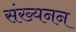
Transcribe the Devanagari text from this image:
संख्यनन